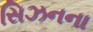
સિઝનના